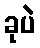
ခုပဲ